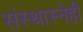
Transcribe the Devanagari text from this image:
संस्थास्नेही